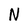
Character: N